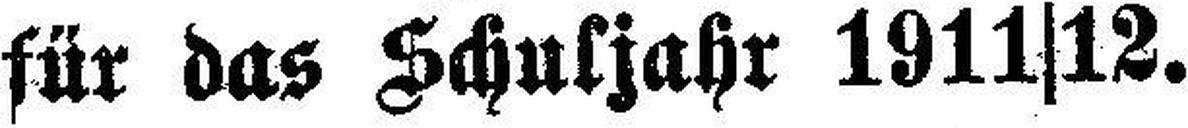
für das Schuljahr 1911|12.